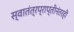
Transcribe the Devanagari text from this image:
स्वातंत्रप्राप्तीनंतरही